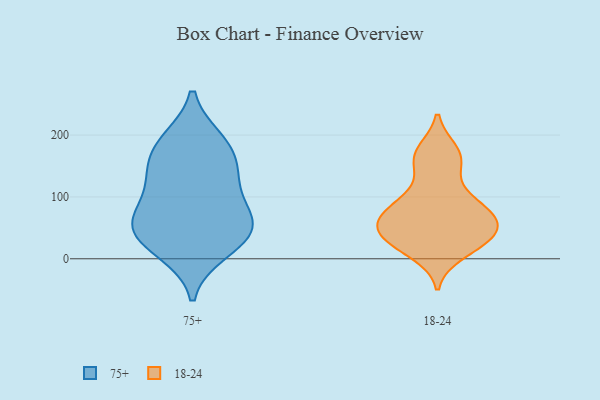
{"axis": {"x": "Shipments", "y": "Value"}, "legend": ["18-24", "75+"], "data": [{"x": "", "y": 192, "type": "75+"}, {"x": "", "y": 47, "type": "75+"}, {"x": "", "y": 18, "type": "75+"}, {"x": "", "y": 141, "type": "75+"}, {"x": "", "y": 46, "type": "75+"}, {"x": "", "y": 49, "type": "75+"}, {"x": "", "y": 65, "type": "75+"}, {"x": "", "y": 117, "type": "75+"}, {"x": "", "y": 62, "type": "75+"}, {"x": "", "y": 11, "type": "75+"}, {"x": "", "y": 144, "type": "75+"}, {"x": "", "y": 192, "type": "75+"}, {"x": "", "y": 169, "type": "75+"}, {"x": "", "y": 94, "type": "75+"}, {"x": "", "y": 157, "type": "18-24"}, {"x": "", "y": 97, "type": "18-24"}, {"x": "", "y": 32, "type": "18-24"}, {"x": "", "y": 10, "type": "18-24"}, {"x": "", "y": 106, "type": "18-24"}, {"x": "", "y": 53, "type": "18-24"}, {"x": "", "y": 34, "type": "18-24"}, {"x": "", "y": 39, "type": "18-24"}, {"x": "", "y": 78, "type": "18-24"}, {"x": "", "y": 26, "type": "18-24"}, {"x": "", "y": 60, "type": "18-24"}, {"x": "", "y": 80, "type": "18-24"}, {"x": "", "y": 173, "type": "18-24"}, {"x": "", "y": 169, "type": "18-24"}, {"x": "", "y": 74, "type": "18-24"}, {"x": "", "y": 159, "type": "18-24"}, {"x": "", "y": 61, "type": "18-24"}, {"x": "", "y": 58, "type": "18-24"}, {"x": "", "y": 22, "type": "18-24"}]}